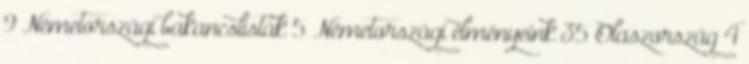
9 Németországi bakancslisták 5 Németországi élményeink 35 Olaszország 4